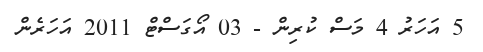
5 އަހަރު 4 މަސް ކުރިން - 03 އޯގަސްޓް 2011 އަހަރެން